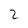
Character: 2